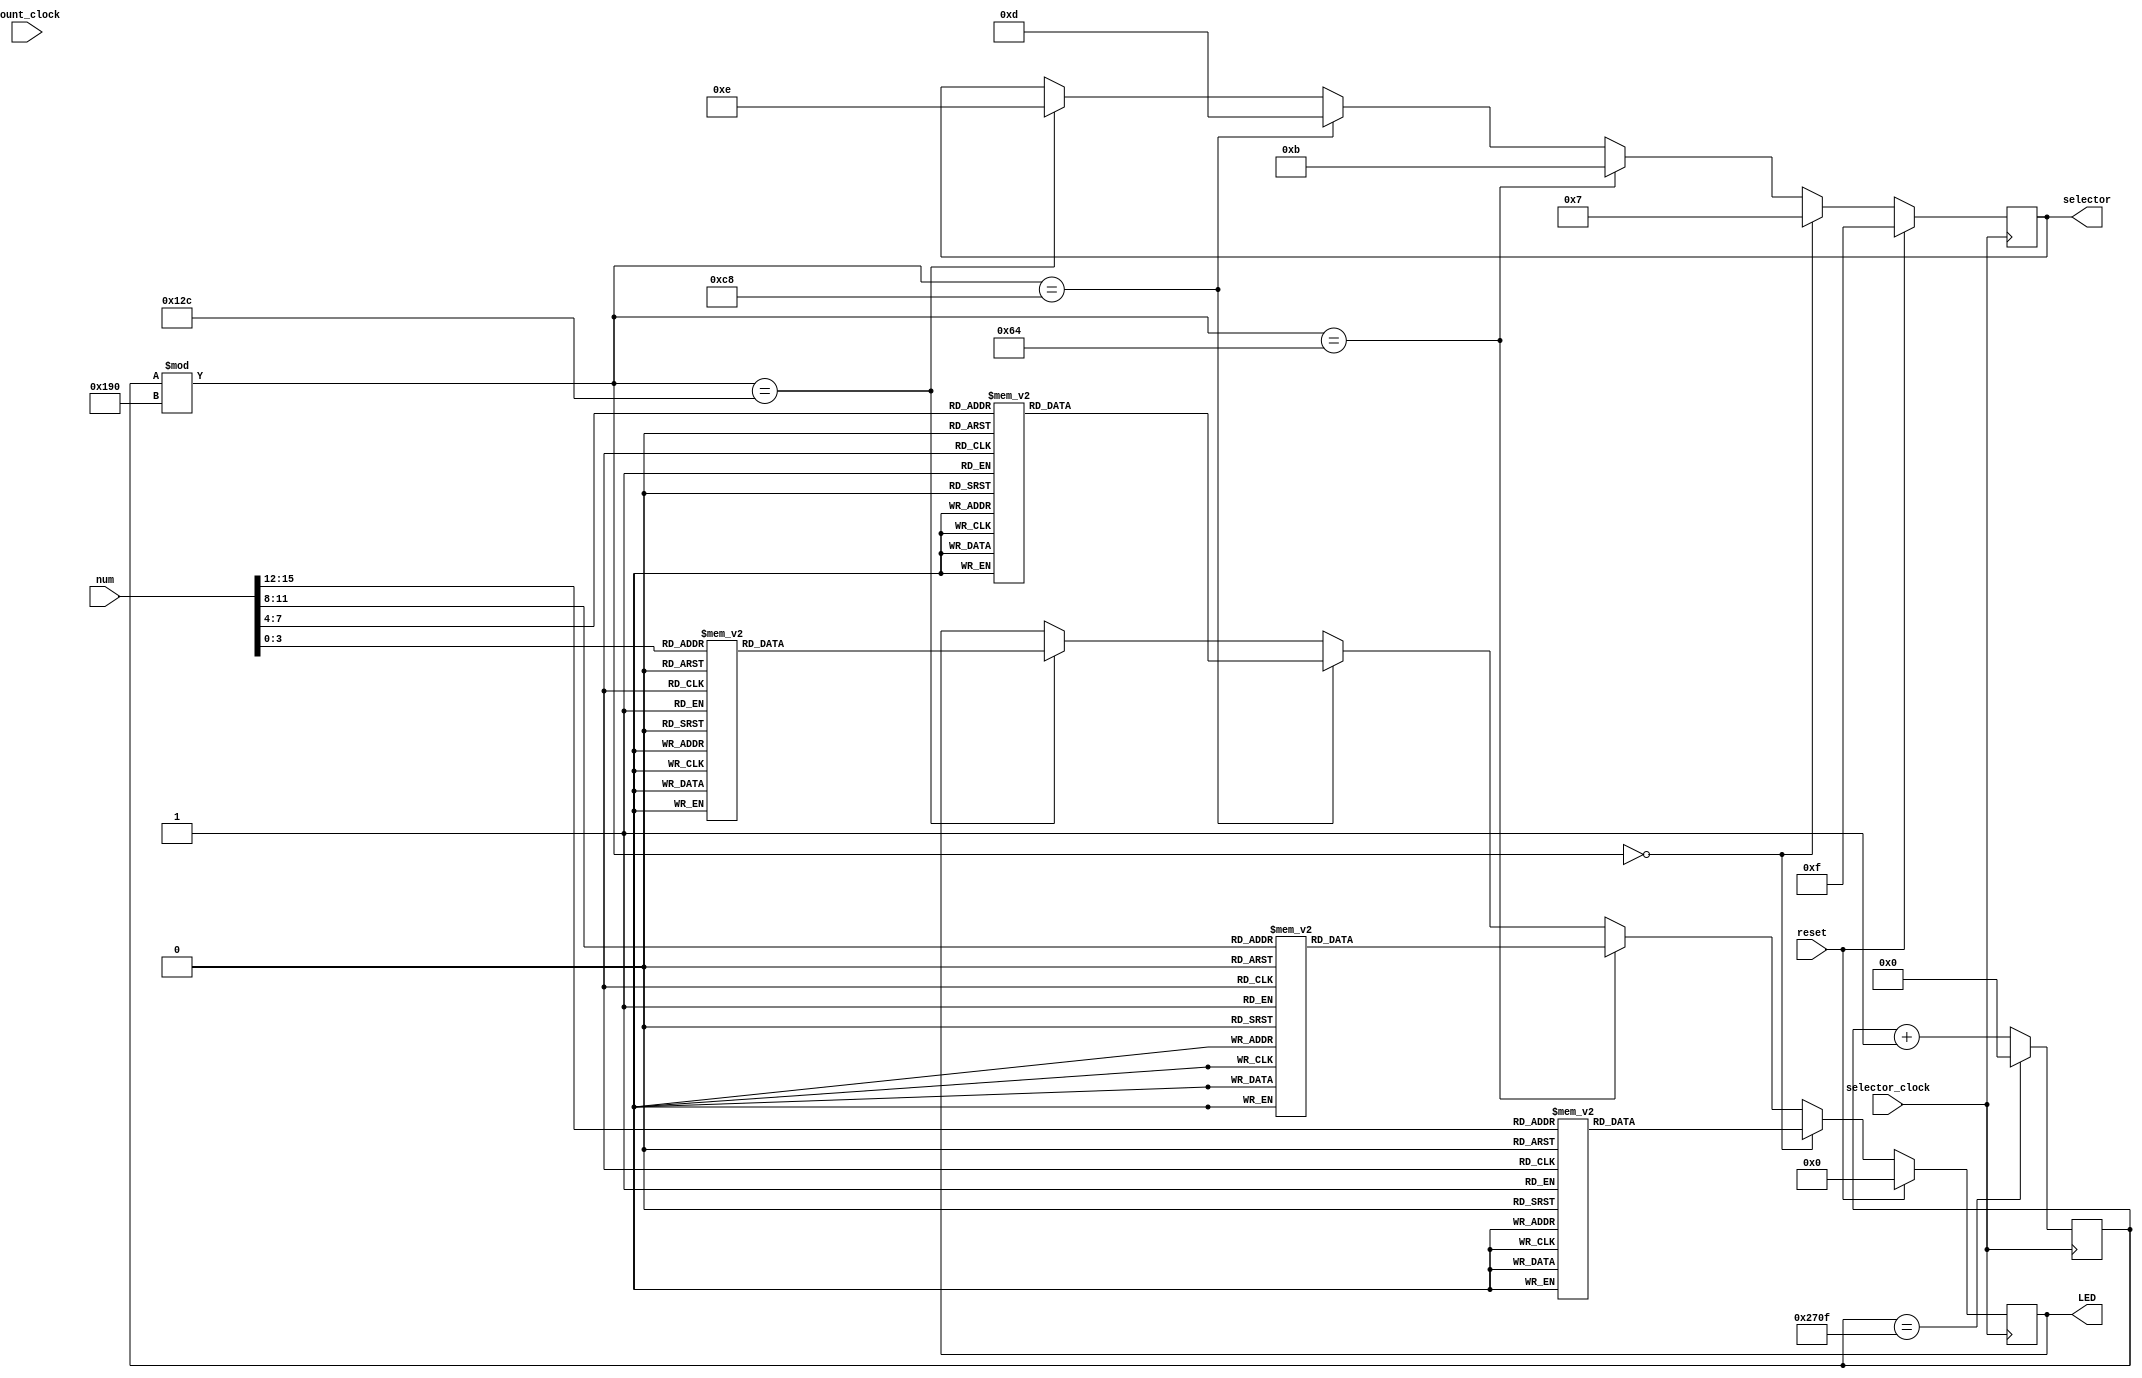
module segleddecoder
(
  input count_clock,
  input selector_clock, 
  input reset,
  input [15:0] num,
  //output [15:0] cnt,    //
  output [7:0] LED,
  output [3:0] selector
);
  
  
  function [7:0] to7seg;
	 input [3:0] i;
	 begin 
		case (i)
		  4'b0000 : to7seg = 8'b1111_1100; //0
		  4'b0001 : to7seg = 8'b0110_0000; //1
		  4'b0010 : to7seg = 8'b1101_1010; //2
		  4'b0011 : to7seg = 8'b1111_0010; //3
		  4'b0100 : to7seg = 8'b0110_0110; //4
		  4'b0101 : to7seg = 8'b1011_0110; //5
		  4'b0110 : to7seg = 8'b1011_1110; //6
		  4'b0111 : to7seg = 8'b1110_0000; //7
		  4'b1000 : to7seg = 8'b1111_1110; //8
		  4'b1001 : to7seg = 8'b1111_0110; //9
		  4'b1010 : to7seg = 8'b1110_1110; //A
		  4'b1011 : to7seg = 8'b0011_1110; //B
		  4'b1100 : to7seg = 8'b0001_1010; //C
		  4'b1101 : to7seg = 8'b0111_1010; //D
		  4'b1110 : to7seg = 8'b1001_1110; //E
		  4'b1111 : to7seg = 8'b1000_1110; //F
		  default : to7seg = 8'b0000_0000; //default
		endcase
	 end
  endfunction

  reg [15:0] count_data;
  reg [15:0] selector_count = 16'd0;
  reg [7:0] LED_data;
  reg [3:0] selector_data;
  
  always@(posedge selector_clock) begin	
	 if(reset) begin
		LED_data <= 8'b0000_0000;
	   selector_data <= 4'b1111;
	 end
	 else if (selector_count % 16'd400 == 16'd0) begin 
	   LED_data <= to7seg(num[15:12]);
	   selector_data <= 4'b0111;
	 end 
	 else if (selector_count % 16'd400 == 16'd100) begin 
	   LED_data <= to7seg(num[11:8]);
	   selector_data <= 4'b1011;
	 end 
    else if (selector_count % 16'd400 == 16'd200) begin 
	   LED_data <= to7seg(num[7:4]);
	   selector_data <= 4'b1101;
    end 
	 else if (selector_count % 16'd400 == 16'd300) begin 
	   LED_data <= to7seg(num[3:0]);
	   selector_data <= 4'b1110;
    end 
    
	 if (selector_count == 9999) begin 
	   selector_count <= 16'd0000;
    end 
	 else begin
      selector_count <= selector_count + 16'd1;
	 end		 
  end

  assign LED = LED_data;
  assign selector = selector_data;
  //assign cnt  = count_data;

endmodule